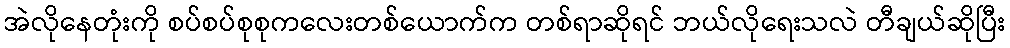
အဲလိုနေတုံးကို စပ်စပ်စုစုကလေးတစ်ယောက်က တစ်ရာဆိုရင် ဘယ်လိုရေးသလဲ တီချယ်ဆိုပြီး